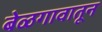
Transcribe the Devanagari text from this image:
बेळगावातून